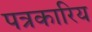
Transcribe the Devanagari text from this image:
पत्रकारिय